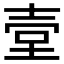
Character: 𡔪